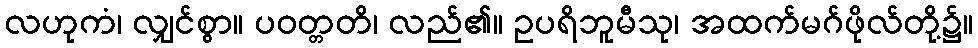
လဟုကံ၊ လျှင်စွာ။ ပဝတ္တတိ၊ လည်၏။ ဥပရိဘူမီသု၊ အထက်မဂ်ဖိုလ်တို့၌။